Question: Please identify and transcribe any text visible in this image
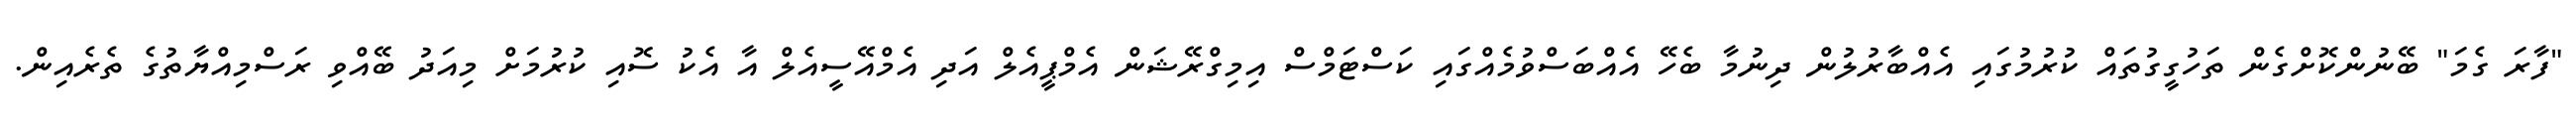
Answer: "ފާރަ ގެމަ" ބޭނުންކޮށްގެން ތަހުގީގުތައް ކުރުމުގައި އެއްބާރުލުން ދިނުމާ ބެހޭ އެއްބަސްވުމެއްގައި ކަސްޓަމްސް އިމިގްރޭޝަން އެމްޕީއެލް އަދި އެމްއޭސީއެލް އާ އެކު ސޮއި ކުރުމަށް މިއަދު ބޭއްވި ރަސްމިއްޔާތުގެ ތެރެއިން.